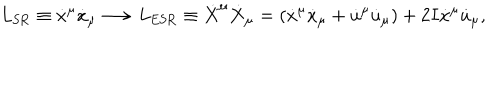
L _ { \textrm { S R } } \equiv \dot { x } ^ { \mu } \dot { x } _ { \mu } \longrightarrow L _ { \textrm { E S R } } \equiv \dot { X } ^ { \mu } \dot { X } _ { \mu } = ( \dot { x } ^ { \mu } \dot { x } _ { \mu } + \dot { u } ^ { \mu } \dot { u } _ { \mu } ) + 2 I \dot { x } ^ { \mu } \dot { u } _ { \mu } ,